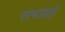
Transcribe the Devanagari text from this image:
सभाग्रहे